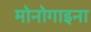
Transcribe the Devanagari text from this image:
मोनोगाइना